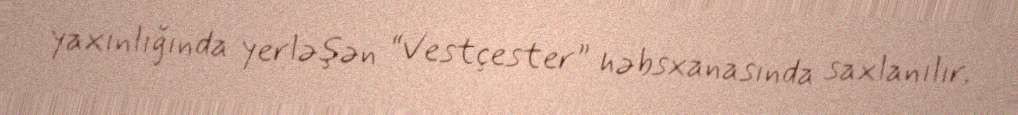
yaxınlığında yerləşən “Vestçester” həbsxanasında saxlanılır.